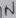
Text: IN